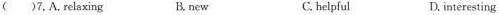
( )7. A. relaxing Bnew C. helpful D.interesting